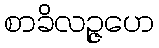
စာခိလဉ္ဇဟေ